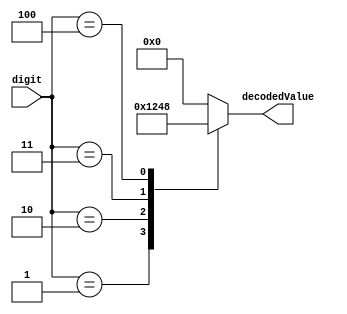
// ECE 5367
// Group: Sudoku Master
// Module: Digit decoder
// It's a 2-bit decoder

module digitDecoder(digit, decodedValue);
  // 4-bit input number, which should be between decimal 1-4 inclusive
  input [3:0] digit;
  
  // 4-bit binary value, decoded result
  output [3:0] decodedValue;
  reg [3:0] decodedValue;
  
  always @ (digit) begin
    // Decode input digit, assign result to decodedValue
    case (digit)
      4'h1: begin decodedValue = 4'b0001; end
      4'h2: begin decodedValue = 4'b0010; end
      4'h3: begin decodedValue = 4'b0100; end
      4'h4: begin decodedValue = 4'b1000; end
      default: begin decodedValue = 4'b0000; end
    endcase
  end
endmodule